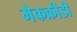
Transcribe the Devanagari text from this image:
मेकक्रीडी